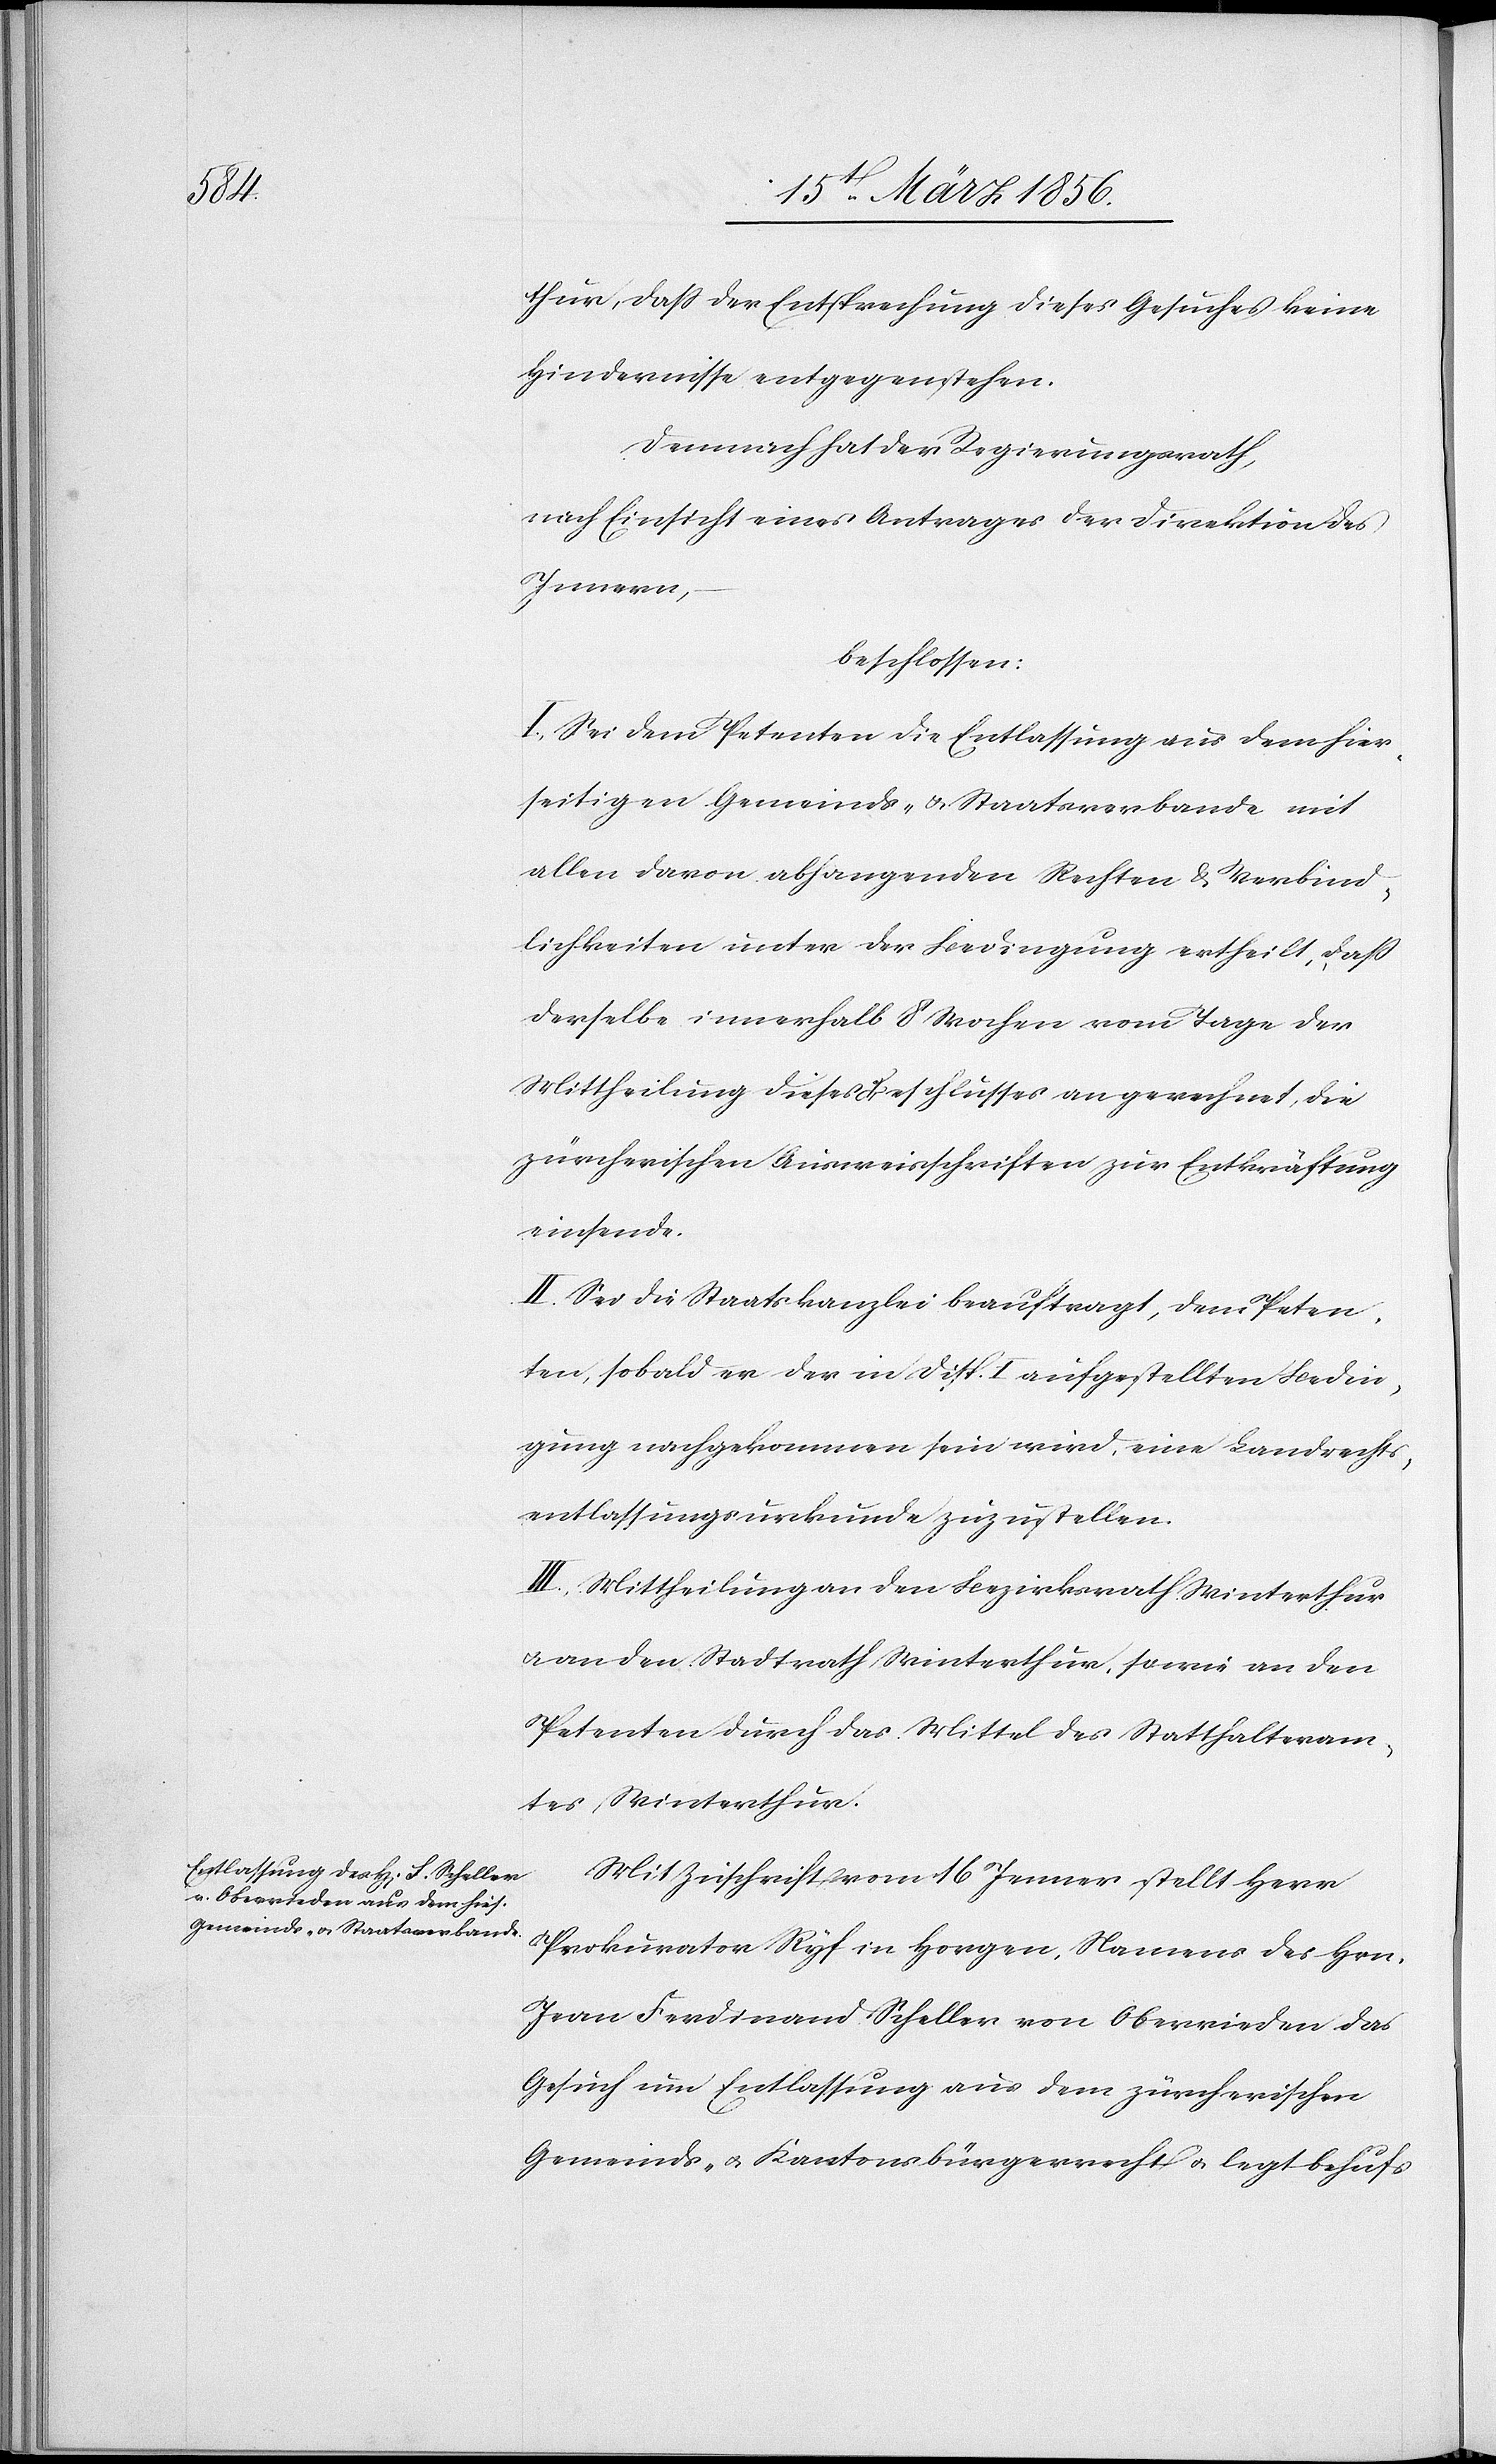
thur, daß der Entsprechung dieses Gesuches keine
Hindernisse entgegenstehen.
Demnach hat der Regierungsrath,
nach Einsicht eines Antrages der Direktion des
Innern,
beschlossen:
I. Sei dem Petenten die Entlassung aus dem hier¬
seitigen Gemeinds- & Staatsverbande mit
allen davon abhangenden Rechten & Verbind¬
lichkeiten unter der Bedingung ertheilt, daß
derselbe innerhalb 8 Wochen vom Tage der
Mittheilung dieses Beschlusses angerechnet, die
zürcherischen Ausweisschriften zur Entkräftung
einsende.
II. Sei die Staatskanzlei beauftragt, dem Peten¬
ten, sobald er der in Disp. I aufgestellten Bedin¬
gung nachgekommen sein wird, eine Landrechts¬
entlassungskurkunde zuzustellen.
III. Mittheilung an den Bezirksrath Winterthur
u. an den Stadtrath Winterthur, sowie an den
Petenten durch das Mittel des Statthalteram¬
tes Winterthur.
Mit Zuschrift vom 16 Jenner stellt Herr
Prokurator Ryf in Horgen, Namens des Hrn.
Jean Ferdinand Scheller von Oberrieden das
Gesuch um Entlassung aus dem zürcherischen
Gemeinds- u. Kantonsbürgerrecht u. legt behufs